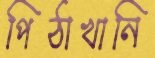
পিঠাখানি